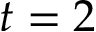
t = 2